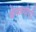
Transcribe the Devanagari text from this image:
वेमन्नयोगी